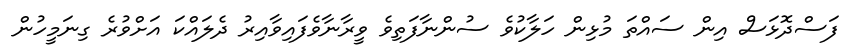
ފަސްދޮޅަސް އިން ސައްތަ މުޅިން ހަލާކުވެ ސުންނާފަތިވެ ވީރާނާވެފައިވާއިރު ދެލައްކަ އަށްވުރެ ގިނަމީހުން